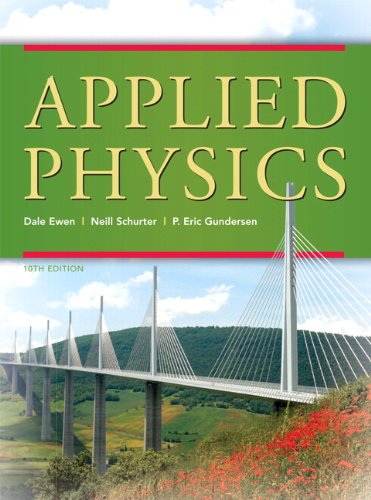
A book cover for Applied Physics (10th Edition); Dale Ewen; Science & Math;